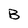
Character: B